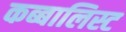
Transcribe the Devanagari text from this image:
कब्बालिस्ट